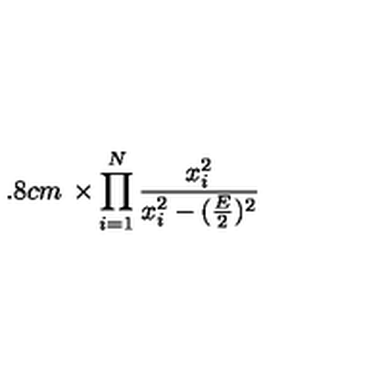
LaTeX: \makebox [ 2 . 8 c m ] { } \times \prod _ { i = 1 } ^ { N } \frac { x _ { i } ^ { 2 } } { x _ { i } ^ { 2 } - ( \frac { E } { 2 } ) ^ { 2 } }